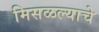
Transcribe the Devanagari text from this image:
मिसळल्याचे